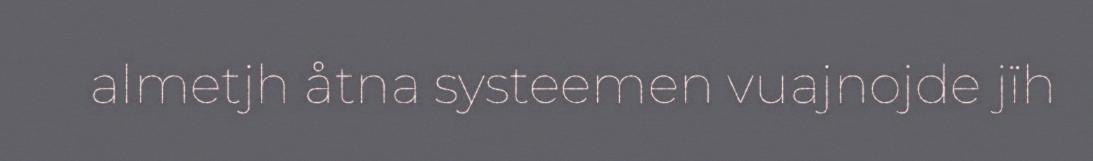
almetjh åtna systeemen vuajnojde jïh